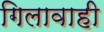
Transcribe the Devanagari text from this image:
गिलावाही